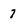
Character: 7